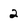
Character: 2